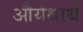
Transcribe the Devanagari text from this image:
और्यथार्थ